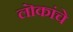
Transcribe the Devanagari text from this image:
लॊकांचे